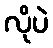
လိုပဲ